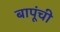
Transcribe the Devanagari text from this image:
बापूंची